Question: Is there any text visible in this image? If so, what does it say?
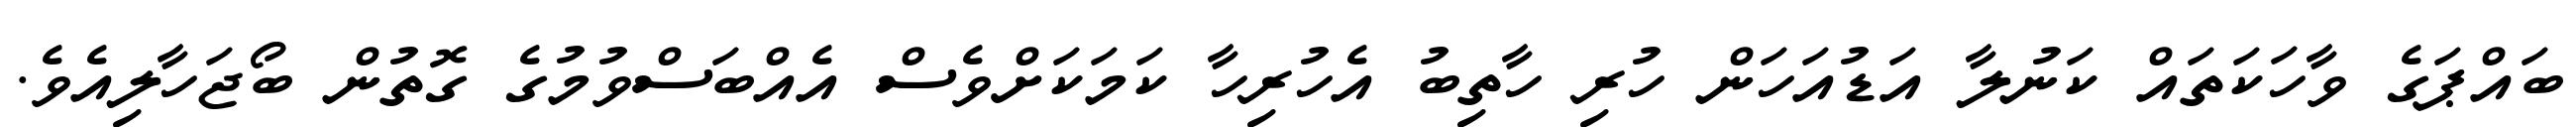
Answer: ބައްޕަގެ ވާހަކަތައް ކަނުލާ އަޑުއަހަން ހުރި ހާތިބު އެހުރިހާ ކަމަކަށްވެސް އެއްބަސްވުމުގެ ގޮތުން ބޯޖަހާލިއެވެ.